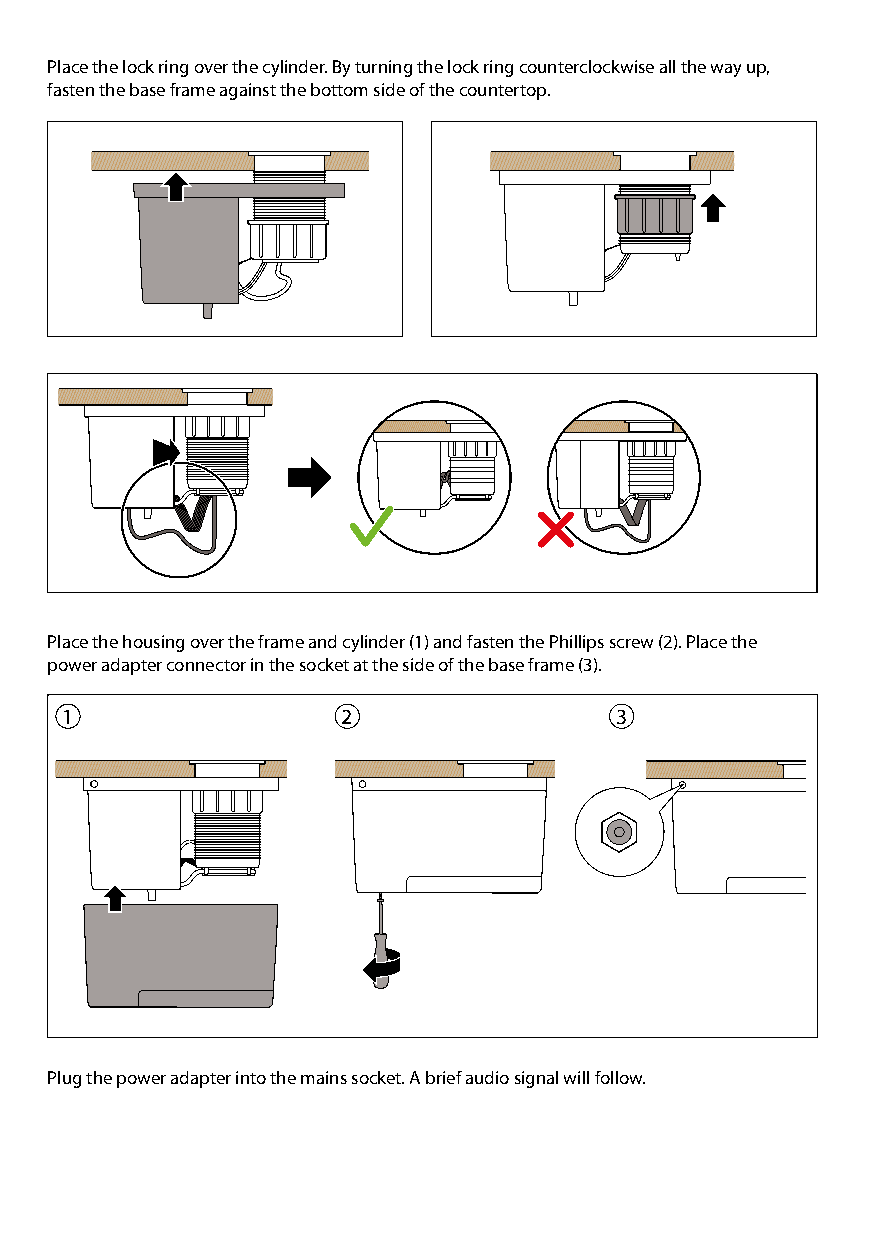
Place the lock ring over the cylinder. By turning the lock ring counterclockwise all the way up,
 fasten the base frame against the bottom side of the countertop.
 Place the housing over the frame and cylinder (1) and fasten the Phillips screw (2). Place the
 power adapter connector in the socket at the side of the base frame (3).
 1                  2                 3
 Plug the power adapter into the mains socket. A brief audio signal will follow.